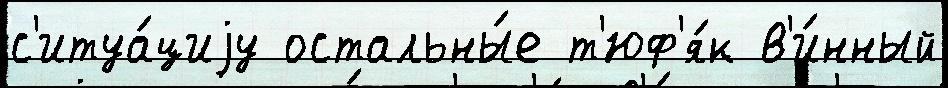
с'итуа́циjу остальны́е т'юф'я́к в'и́нный